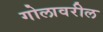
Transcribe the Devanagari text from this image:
गोलावरील